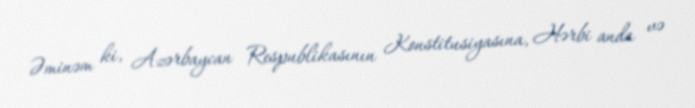
Əminəm ki, Azərbaycan Respublikasının Konstitusiyasına, Hərbi anda və